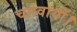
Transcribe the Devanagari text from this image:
चलवायीं।